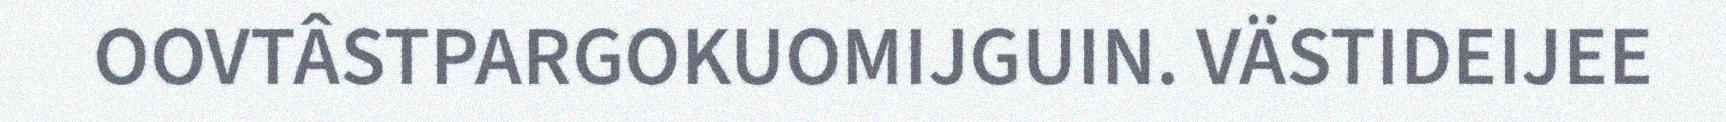
OOVTÂSTPARGOKUOMIJGUIN. VÄSTIDEIJEE